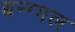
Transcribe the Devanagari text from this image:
बन्ग्गल